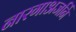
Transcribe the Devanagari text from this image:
नारगाअजर्नि